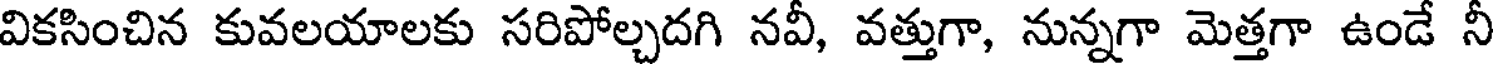
వికసించిన కువలయాలకు సరిపోల్చదగి నవీ, వత్తుగా, నున్నగా మెత్తగా ఉండే నీ